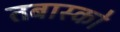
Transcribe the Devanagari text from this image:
तबास्को